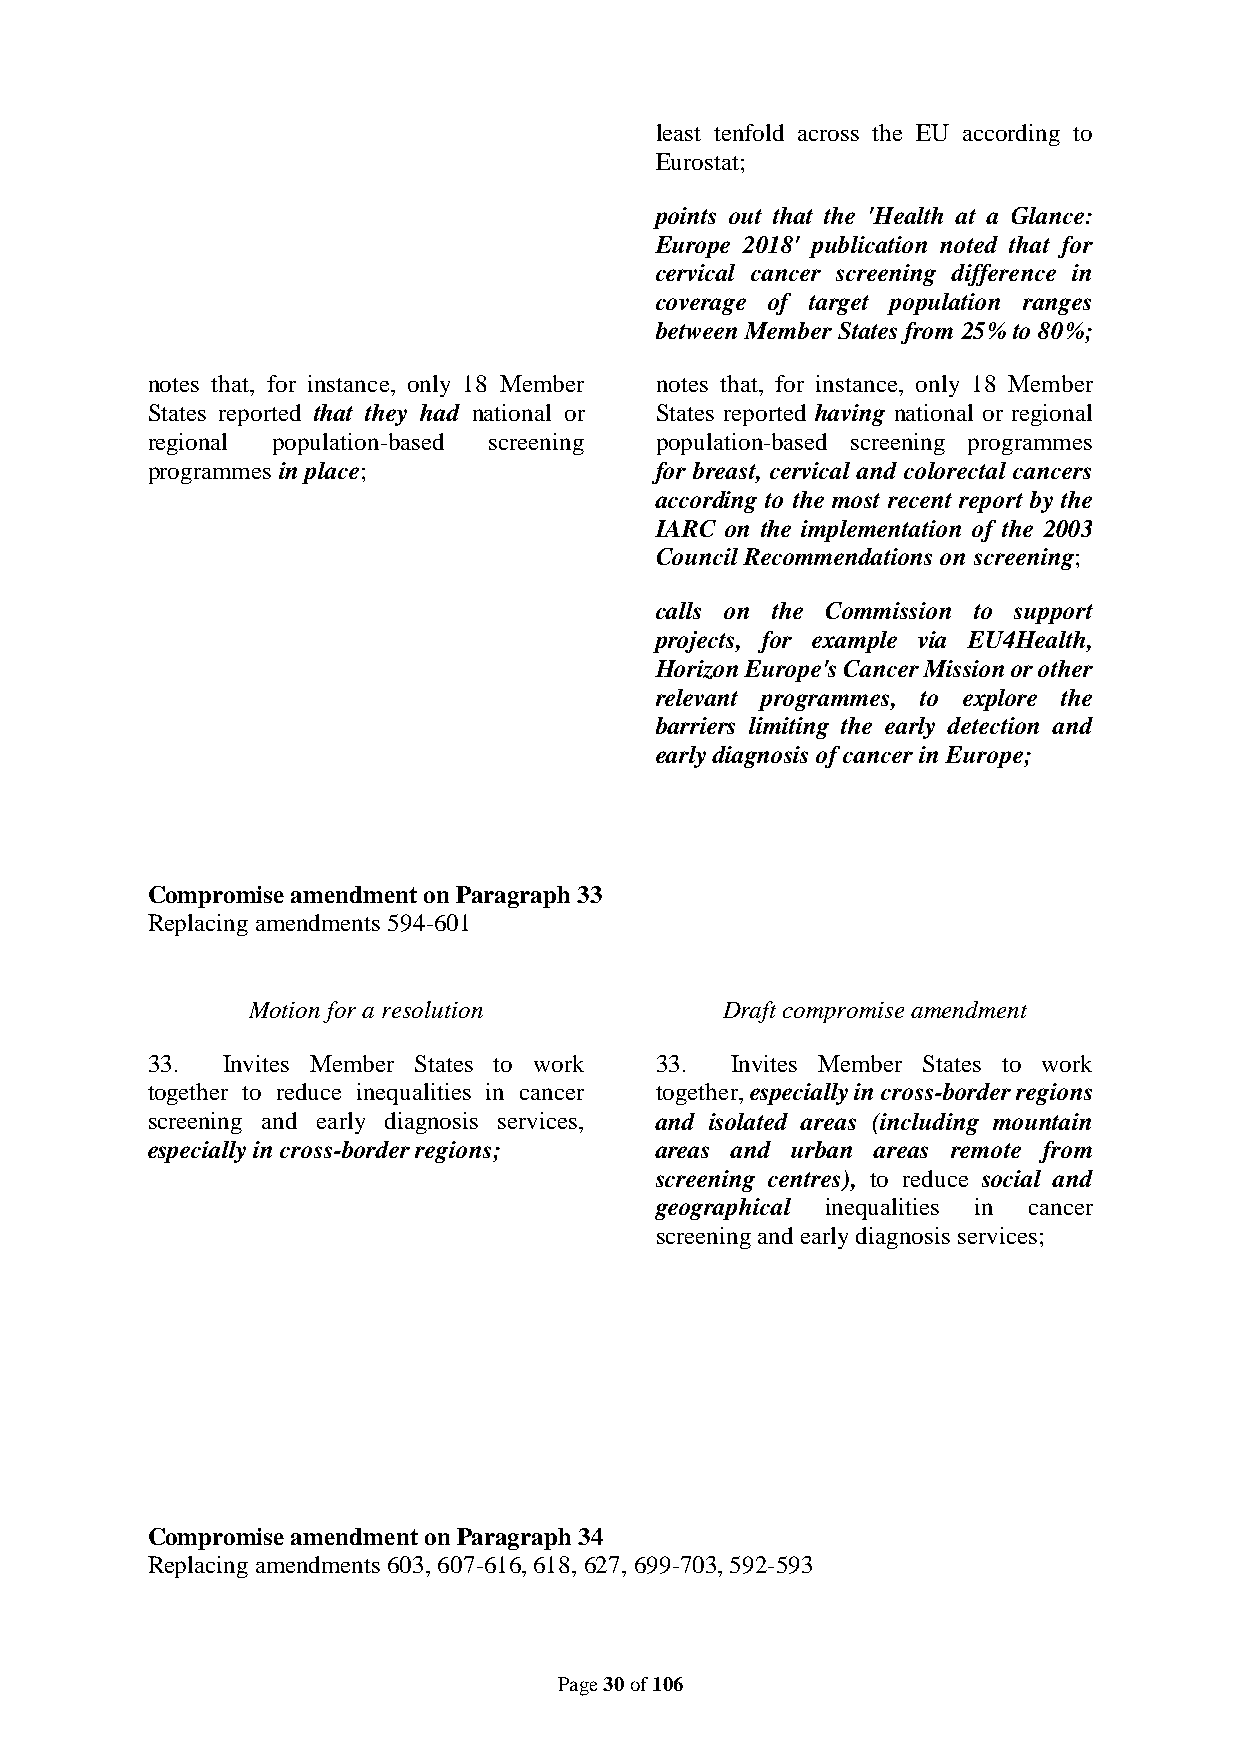
least tenfold across the EU according to
 Eurostat;
 points out that the 'Health at a Glance:
 Europe 2018' publication noted that for
 cervical cancer screening difference in
 coverage of target population ranges
 between Member States from 25% to 80%;
 notes that, for instance, only 18 Member notes that, for instance, only 18 Member
 States reported that they had national or States reported having national or regional
 regional population-based screening population-based screening programmes
 programmes in place;             for breast, cervical and colorectal cancers
 according to the most recent report by the
 IARC on the implementation of the 2003
 Council Recommendations on screening;
 calls on the Commission to support
 projects, for example via EU4Health,
 Horizon Europe's Cancer Mission or other
 relevant programmes, to explore the
 barriers limiting the early detection and
 early diagnosis of cancer in Europe;
 Compromise amendment on Paragraph 33
 Replacing amendments 594-601
 Motion for a resolution         Draft compromise amendment
 33.  Invites Member States to work 33. Invites Member States to work
 together to reduce inequalities in cancer together, especially in cross-border regions
 screening and early diagnosis services, and isolated areas (including mountain
 especially in cross-border regions; areas and urban areas remote from
 screening centres), to reduce social and
 geographical inequalities in cancer
 screening and early diagnosis services;
 Compromise amendment on Paragraph 34
 Replacing amendments 603, 607-616, 618, 627, 699-703, 592-593
 Page 30 of 106